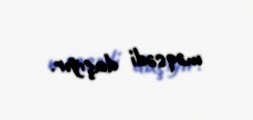
məqsədi daşıyır.